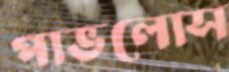
পাভলোস